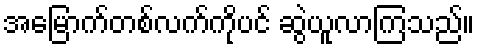
အမြောက်တစ်လက်ကိုပင် ဆွဲယူလာကြသည်။